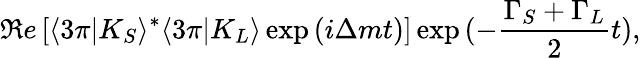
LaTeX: {\Re e}\left[\langle 3\pi\vert K_{S}\rangle^{*}\langle 3\pi\vert K_{L}\rangle\exp{(i\Delta mt)}\right]\exp{(-\frac{\Gamma_{S}+\Gamma_{L}}{2}t)},